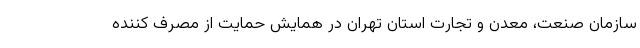
سازمان صنعت، معدن و تجارت استان تهران در همایش حمایت از مصرف کننده